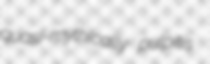
quasi-mythically pulpitis